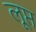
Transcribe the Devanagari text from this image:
लूप्त